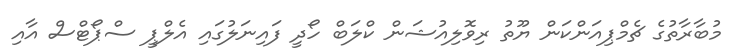
މުބާރާތުގެ ޗެމްޕިއަންކަން ޔޫތު ރިވޮލިއުޝަން ކްލަބް ހޯދީ ފައިނަލުގައި އެލްޕީ ސްޕޯޓްސް އާއި